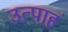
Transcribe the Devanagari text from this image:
उत्पाहं